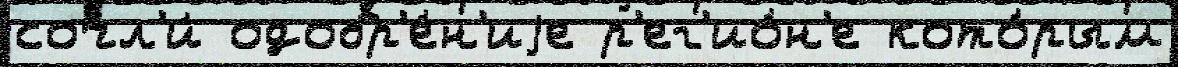
сочл'и́ одобр'е́н'иjе р'ег'ио́н'е кото́рым